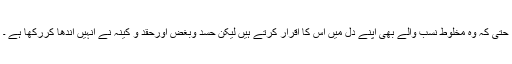
حتی کہ وہ مخلوط نسب والے بھی اپنے دل میں اس کا اقرار کرتے ہیں لیکن حسد وبغض اورحقد و کینہ نے انہیں اندھا کررکھا ہے ۔